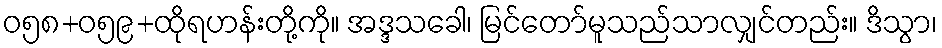
ဝ၅၈+၀၅၉+ထိုရဟန်းတို့ကို။ အဒ္ဒသခေါ၊ မြင်တော်မူသည်သာလျှင်တည်း။ ဒိသွာ၊